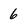
Character: 6